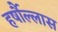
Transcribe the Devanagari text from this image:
हर्षौल्लास